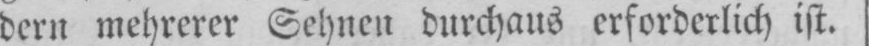
dern mehrerer Sehnen durchaus erforderlich ist.